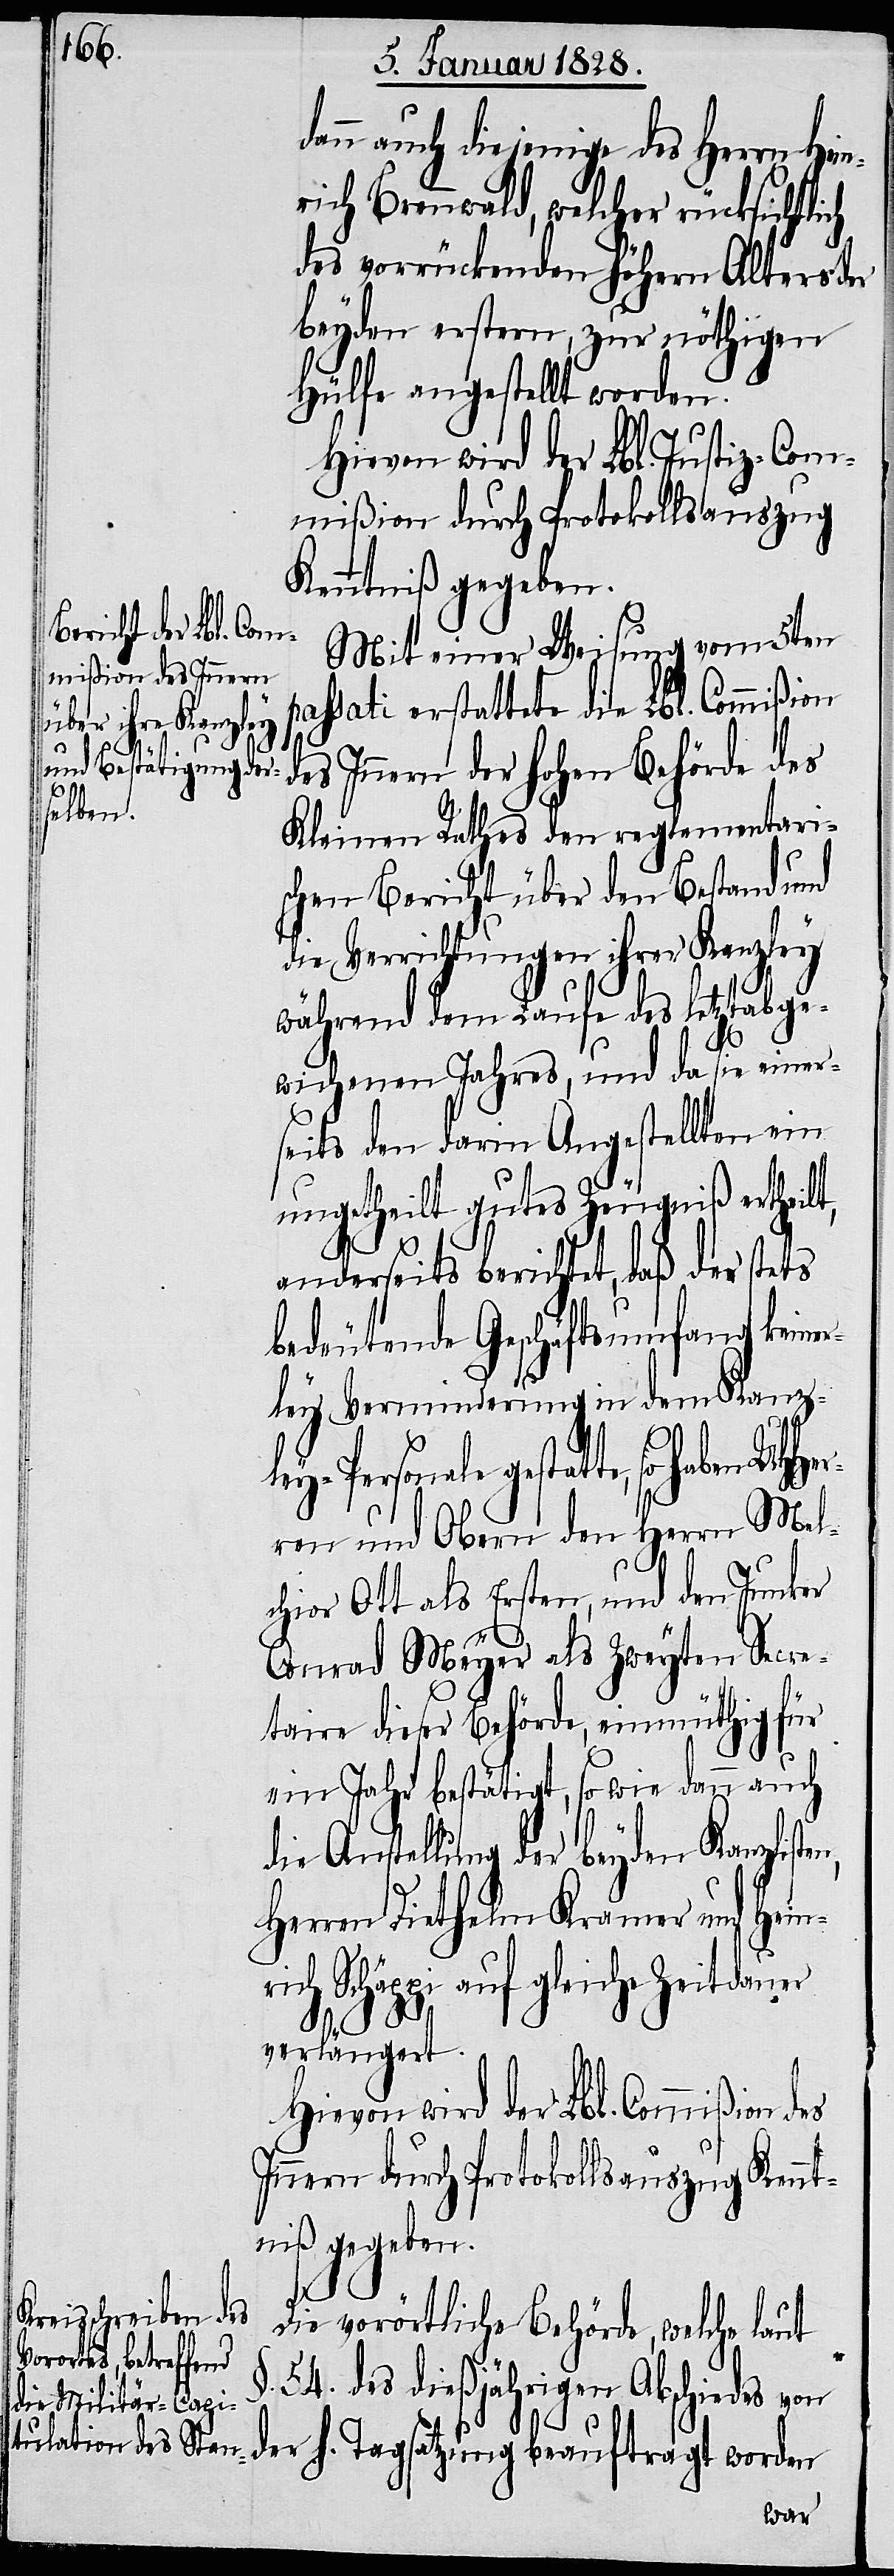
denn auch diejenige des Herrn Hein¬
rich Brennwald, welcher rücksichtlich
des vorrückenden höhern Alters d¬
beyden erstern, zur nöthigen
Hülfe angestellt worden.
Hievon wird der Lbl. Justiz-Com¬
mißion durch Protokollsauszug
Kenntniß gegeben.
Mit einer Weisung vom 5ten
passati erstattete die Lbl. Commißion
des Innern der hohen Behörde des
Kleinen Rathes den reglementari¬
schen Bericht über den Bestand und
die Verrichtungen ihrer Kanzley
während dem Laufe des letztabge¬
wichenen Jahres, und da sie einer¬
seits den darin Angestellten ein
ungetheilt gutes Zeugniß ertheilt,
r¬
anderseits berichtet, daß der stets
keine¬
bedeutende Geschäftsumfang
ley Verminderung in dem Kanzl¬
H. Tagsatzung beauftragt worden
ren und Obern den Herrn Mel¬
chior Ott als Ersten, und den Junker
Conrad Meyer als zweyten Secre¬
taire dieser Behörde, einmüthig für
ein Jahr bestätigt, so wie dann auch
die Anstellung der beyden Kanzlisten,
Herren Diethelm Kramer und Hein¬
rich Schäppi auf gleiche Zeitdauer
UHHer¬
verlängert.
Hievon wird der Lbl. Commißion
Innern durch Protokollsauszug Kennt¬
niß gegeben.
der
Die vorörtliche Behörde, welche laut
§.54. des dießjährigen Abschiedes von